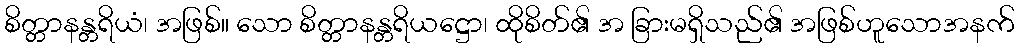
စိတ္တာနန္တရိယံ၊ အဖြစ်။ သော စိတ္တာနန္တရိယဋ္ဌော၊ ထိုစိတ်၏ အ ခြားမရှိသည်၏ အဖြစ်ဟူသောအနက်